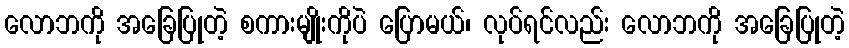
လောဘကို အခြေပြုတဲ့ စကားမျိုးကိုပဲ ပြောမယ်၊ လုပ်ရင်လည်း လောဘကို အခြေပြုတဲ့